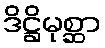
ဒိဋ္ဌိမုစ္ဆာ